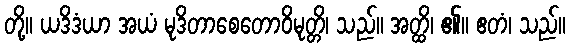
တို့။ ယဒိဒံယာ အယံ မုဒိတာစေတောဝိမုတ္တိ၊ သည်။ အတ္ထိ၊ ၏။ ဧတံ၊ သည်။